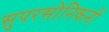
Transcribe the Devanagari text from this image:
सुपरसोनिकनों